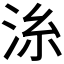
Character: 𣴍